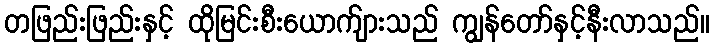
တဖြည်းဖြည်းနှင့် ထိုမြင်းစီးယောက်ျားသည် ကျွန်တော်နှင့်နီးလာသည်။